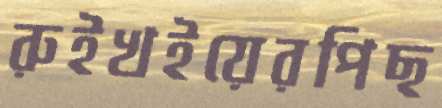
রুইখইয়েরপিছ